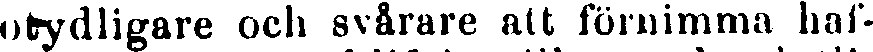
otydligare och svårare att förnimma haf-